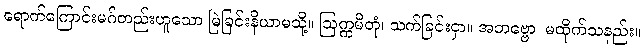
ရောက်ကြောင်းမဂ်တည်းဟူသော မြဲခြင်းနိယာမသို့။ ဩက္ကမိတုံ၊ သက်ခြင်းငှာ။ အဘဗ္ဗော၊ မထိုက်သနည်း။